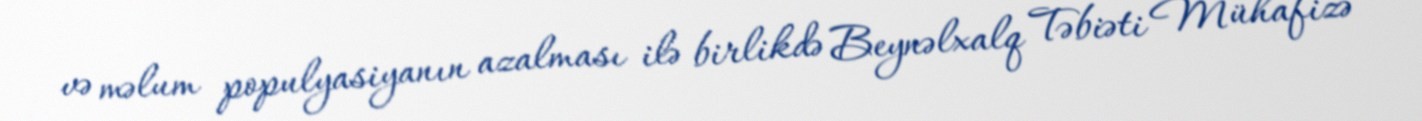
və məlum populyasiyanın azalması ilə birlikdə Beynəlxalq Təbiəti Mühafizə